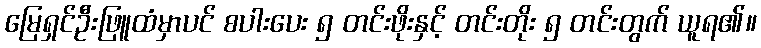
မြေရှင်ဦးဖြူထံမှာပင် စပါးပေး ၅ တင်းဖိုးနှင့် တင်းတိုး ၅ တင်းတွက် ယူရ၏။